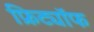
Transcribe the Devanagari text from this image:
फ्रिट्यॉफ